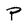
Character: P